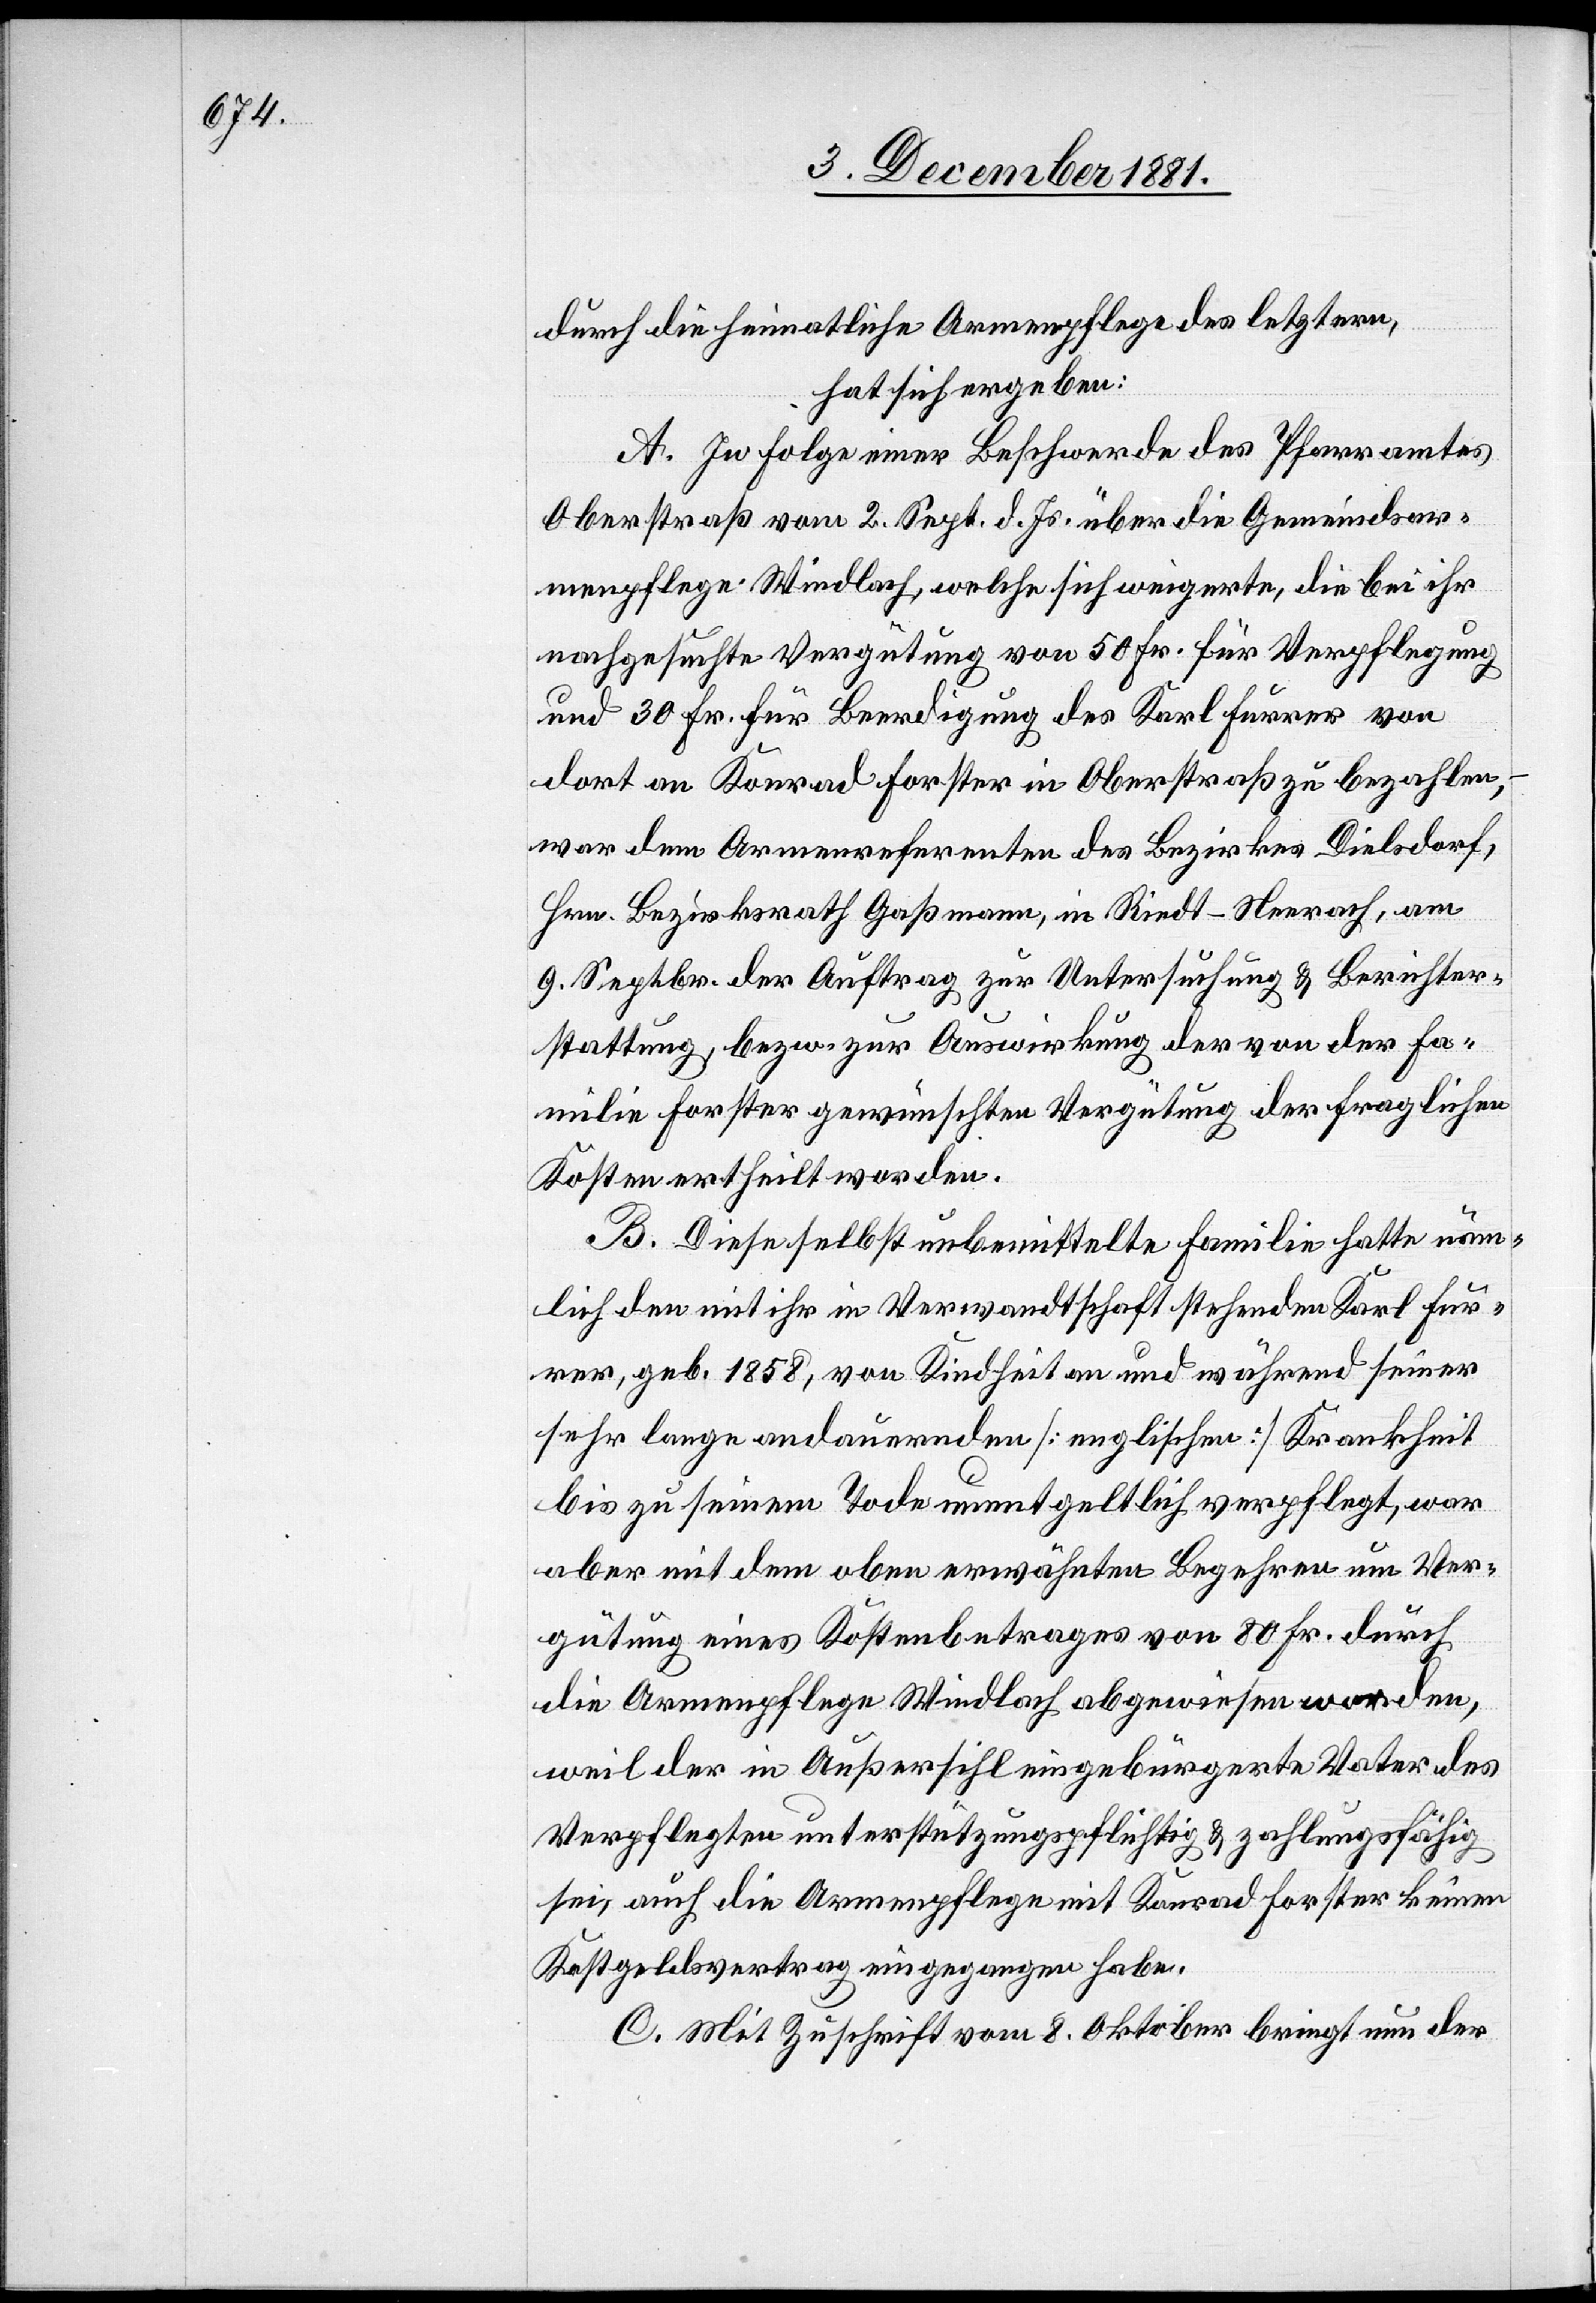
durch die heimatliche Armenpflege des letztern,
hat sich ergeben:
A. In Folge einer Beschwerde des Pfarramtes
Oberstraß vom 2. Sept. d. Js. über die Gemeindsar¬
menpflege Windlach, welche sich weigerte, die bei ihr
nachgesuchte Vergütung von 50 Fr. für Verpflegung
und 30 Fr. für Beerdigung des Karl Furrer von
dort an Konrad Forster in Oberstraß zu bezahlen,
war dem Armenreferenten des Bezirkes Dielsdorf,
Hrn. Bezirksrath Gaßmann, in Riedt-Neerach, am
9. Septbr. der Auftrag zur Untersuchung & Berichter¬
stattung, bezw. zur Auswirkung der von der Fa¬
milie Forster gewünschten Vergütung der fraglichen
Kosten ertheilt worden.
B. Diese selbst unbemittelte Familie hatte näm¬
lich den mit ihr in Verwandtschaft stehenden Karl Fur¬
rer, geb. 1858, von Kindheit an und während seiner
sehr lange andauernden [englischen] Krankheit
bis zu seinem Tode unentgeltlich verpflegt, war
aber mit dem oben erwähnten Begehren um Ver¬
gütung eines Kostenbetrages von 80 Fr. durch
die Armenpflege Windlach abgewiesen worden,
weil der in Außersihl eingebürgerte Vater des
Verpflegten unterstützungspflichtig & zahlungsfähig
sei, auch die Armenpflege mit Konrad Forster keinen
Kostgeldvertrag eingegangen habe.
C. Mit Zuschrift vom 8. Oktober bringt nun der